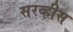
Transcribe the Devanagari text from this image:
सरव्हीस